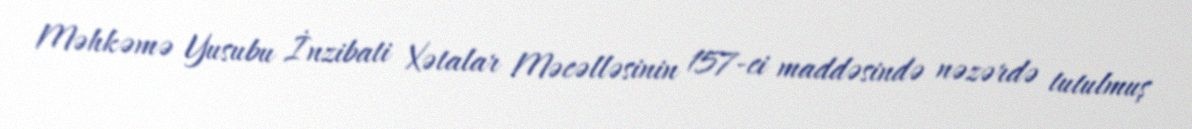
Məhkəmə Yusubu İnzibati Xətalar Məcəlləsinin 157-ci maddəsində nəzərdə tutulmuş